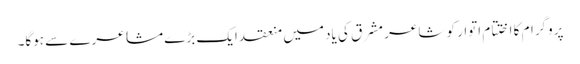
پروگرام کا اختتام اتوار کو شاعر مشرق کی یاد میں منعقد ایک بڑے مشاعرے سے ہوگا۔